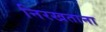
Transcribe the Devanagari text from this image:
निरखताना